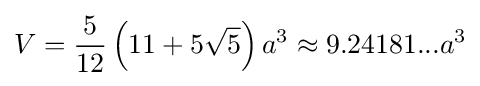
V={\frac {5}{12}}\left(11+5{\sqrt {5}}\right)a^{3}\approx 9.24181...a^{3}